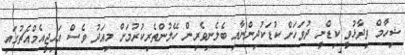
ޝިހާމް ވިދާޅުވީ ކިޑްނީ ދުވަހަށް ކުޑަކުދިންނާއި ބެލެނިވެރިން ހޭލުންތެރިކުރުމަށް މިއަދު ވެސް އައިޖީއެމްއެޗުގައި